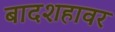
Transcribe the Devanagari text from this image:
बादशहावर